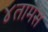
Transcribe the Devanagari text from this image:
४तामस